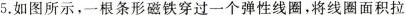
5.如图所示，一根条形磁铁穿过一个弹性线圈，将线圈面积拉